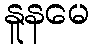
နူနမေ